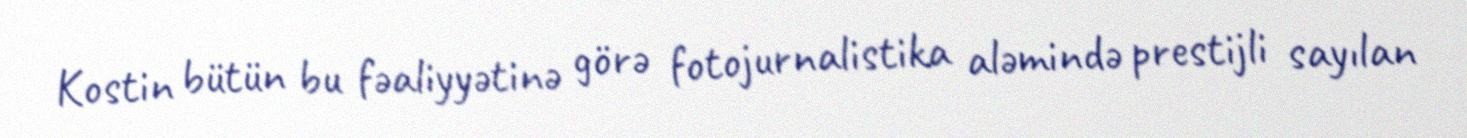
Kostin bütün bu fəaliyyətinə görə fotojurnalistika aləmində prestijli sayılan